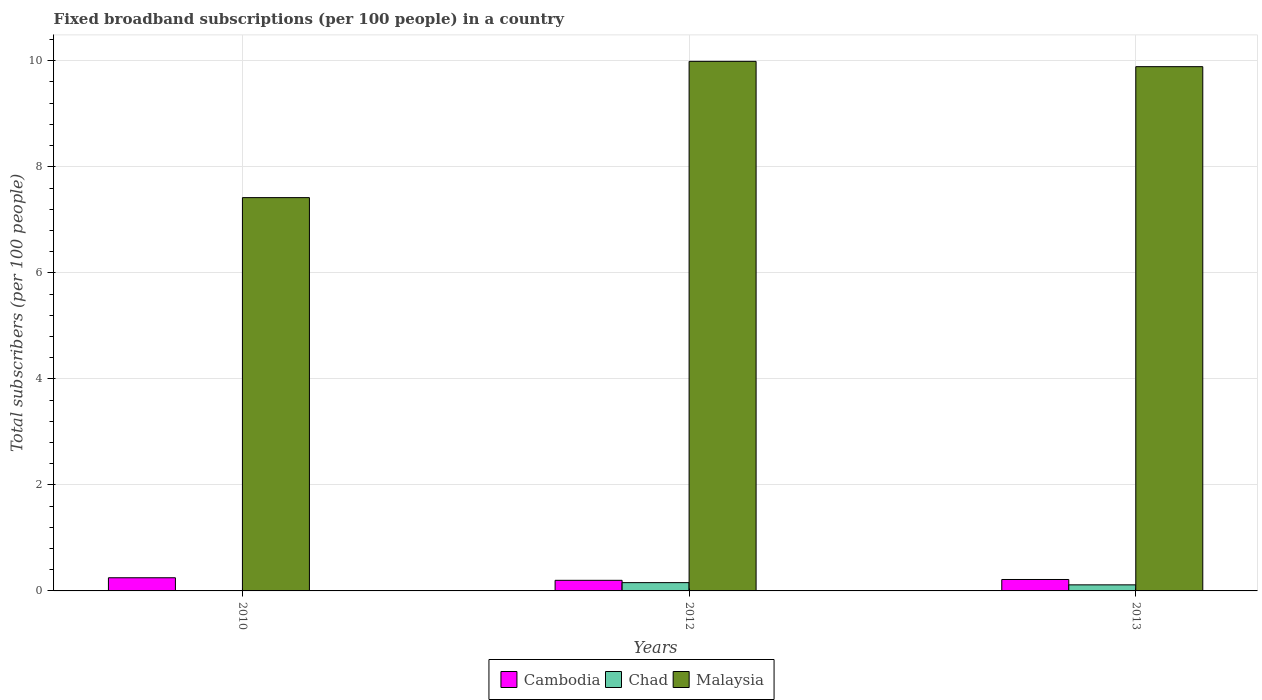
| Years | Cambodia | Chad | Malaysia |
 | --- | --- | --- | --- |
 | 2010 | 0.248 | 0.00282 | 7.42 |
 | 2012 | 0.2 | 0.156 | 9.99 |
 | 2013 | 0.216 | 0.115 | 9.89 |